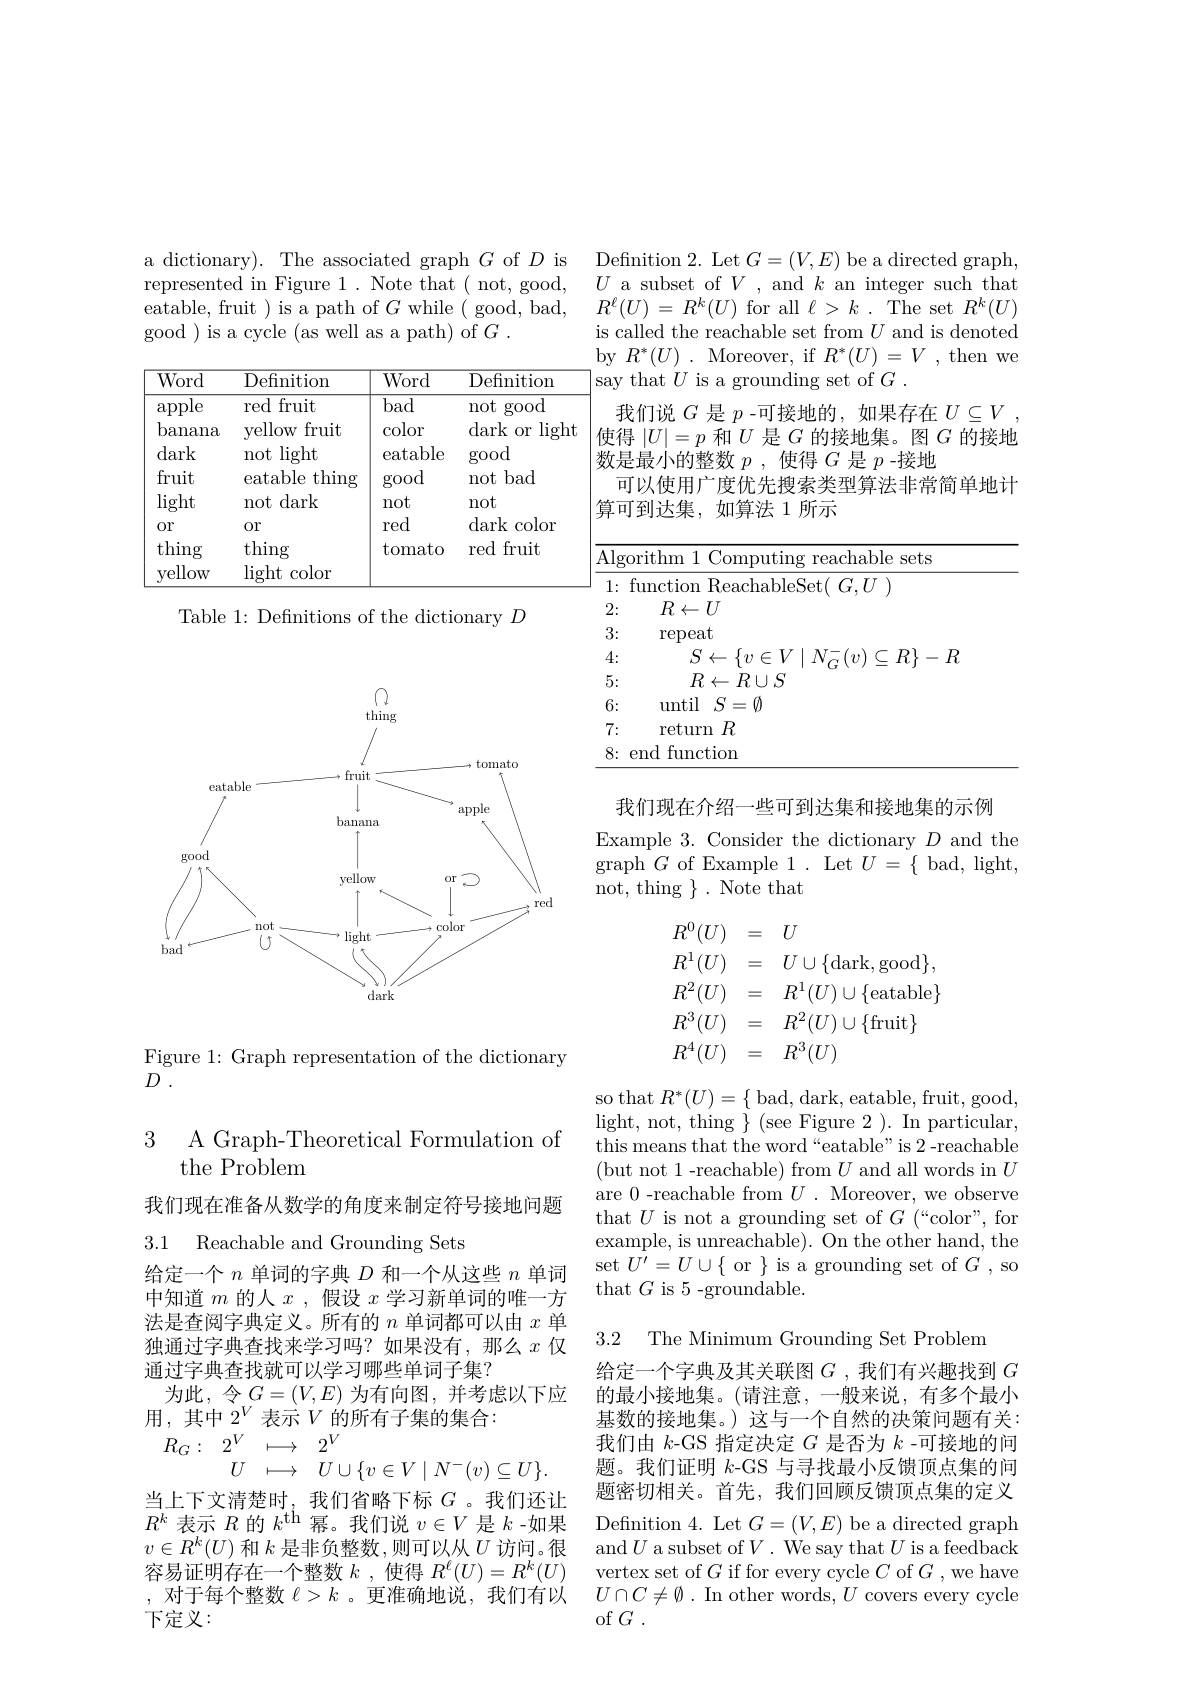
a dictionary). The associated graph $G$ of $D$ is represented in Figure 1. Note that ( not, good, $\bar{\text{eatable, fruit }})$ is a path of $G$ while ( good, bad, good ) is a cycle (as well as a path) of $G.$

<table>
	<tbody>
		<tr>
			<th>Word</th>
			<th>Definition</th>
			<th>Word</th>
			<th>Definition</th>
		</tr>
		<tr>
			<td>$\operatorname{apple}$</td>
			<td>red t fruit</td>
			<td>bad</td>
			<td>not $\gcd$ood</td>
		</tr>
		<tr>
			<td>banana</td>
			<td>yellow fruit</td>
			<td>color</td>
			<td>dark $\operatorname{ligl}$ 0r</td>
		</tr>
		<tr>
			<td>dark</td>
			<td>$\operatorname{light}$ not</td>
			<td>eatable</td>
			<td>$\gcd$ood</td>
		</tr>
		<tr>
			<td>fruit</td>
			<td>thing eatable 1</td>
			<td>good</td>
			<td>bad not</td>
		</tr>
		<tr>
			<td>$\operatorname{light}$</td>
			<td>dark not</td>
			<td>not</td>
			<td>not</td>
		</tr>
		<tr>
			<td>0r</td>
			<td>0r</td>
			<td>red</td>
			<td>dark color</td>
		</tr>
		<tr>
			<td>thing</td>
			<td>thing</td>
			<td>tomato</td>
			<td>fruit red</td>
		</tr>
		<tr>
			<td>yellow</td>
			<td>light color</td>
			<td> </td>
			<td> </td>
		</tr>
	</tbody>
</table>

Table 1: Definitions of the dictionary $D$

<FigureHere>

Figure 1: Graph representation of the dictionary
$D$ .

### 3 A Graph-Theoretical Formulation of the Problem

我们现在准备从数学的角度来制定符号接地问题

3.1 Reachable and Grounding Sets

中知道$m$的人$x$ ,假设$x$学习新单词的唯一方法是查阅字典定义。所有的$n$单词都可以由$x$单独通过字典查找来学习吗？如果没有，那么$x$仅通过字典查找就可以学习哪些单词子集？
为此，令$G=(V,E)$ 为有向图，并考虑以下应
用，其中$2^V$表示$V$的所有子集的集合：

$\begin{array}{rcl}{R_{G}:}&{2^{V}}&{\longmapsto}&{2^{V}}\\&{U}&{\longmapsto}&{U\cup\{v\in V\mid N^{-}(v)\subseteq U\}}\end{array}$
当上下文清楚时，我们省略下标$G$ 。我们还让
$R^k$表示$R$的$k^\mathrm{th}$幂。我们说$v\in V$是$k$ -如果 Definition 4. Let $G=(V,E)$ be a directed graph
$v\in R^k(U)$ 和 $k$ 是非负整数，则可以从$U$ 访问。很容易证明存在一个整数$k$ ,使得$R^\ell(U)=R^k(U)$ ,对于每个整数$\ell>k$ 。更准确地说，我们有以下定义：

$\mathop{\text{Definition 2. Let }G}=(V,E)\mathop{\text{be a directed graph}}$, $U$ a subset of $V$, and $k$ an integer such that $R^{\ell }( U)$ = $R^{k}( U)$ for all $\ell > k$ .The set$R^k(U)$ is called the reachable set from $U$ and is denoted by $R^{*}(U).$ Moreover, if $R^{*}(U)=V$, then we say that $U$ is a grounding set of $G.$
我们说$G$是$p$ -可接地的，如果存在$U\subseteq V$ , 使得$|U|=p$和$U$是$G$的接地集。图$G$的接地数是最小的整数$p$ ,使得$G$是$p$ -接地
可以使用广度优先搜索类型算法非常简单地计
算可到达集，如算法 1 所示

<table>
	<tbody>
		<tr>
			<td>Algorit</td>
			<td>1: $.gc$ 1 T T 1 1 1</td>
			<td>orithm 1 Computing reachable sets</td>
		</tr>
		<tr>
			<td>fun 1:</td>
			<td>1 6 ·</td>
			<td>function ReachableSet( $G.U$</td>
		</tr>
		<tr>
			<td>2:</td>
			<td>2: 6 1 1 1</td>
			<td>$R\leftarrow U$</td>
		</tr>
		<tr>
			<td>3:</td>
			<td>3: · 1 1 I 1</td>
			<td>repeat</td>
		</tr>
		<tr>
			<td>4:</td>
			<td>4: · T 1</td>
			<td>$R$ $R!$</td>
		</tr>
		<tr>
			<td>5:</td>
			<td>5 1 $\bullet$</td>
			<td>$R\leftarrow R\cup S$</td>
		</tr>
		<tr>
			<td>6:</td>
			<td>3: · 1 1 1 1 1 1 1 1 1 1</td>
			<td>until $\textbf{l}S= \emptyset$</td>
		</tr>
		<tr>
			<td>7:</td>
			<td>7 · ·</td>
			<td>return $R$</td>
		</tr>
		<tr>
			<td>8: end</td>
			<td>3: A I 1 1</td>
			<td>$\mathop{\mathrm{function}}$ pnd</td>
		</tr>
	</tbody>
</table>

我们现在介绍一些可到达集和接地集的示例
Example 3. Consider the dictionary $D$ and the graph$G$ of Example 1. Let $U=\{$ bad, light, not, thing $\}.$ Note that
$$\begin{array}{rcl}R^0(U)&=&U\\R^1(U)&=&U\cup\{\mathrm{dark,good}\},\\R^2(U)&=&R^1(U)\cup\{\mathrm{eatable}\}\\R^3(U)&=&R^2(U)\cup\{\mathrm{fruit}\}\\R^4(U)&=&R^3(U)\end{array}$$
so that $R^*(U)=\{$ bad, dark, eatable, fruit, good, light, not, thing $\} ($see Figure $2~).~$In particular, this means that the word“eatable”is 2-reachable (but not 1-reachable) from $U$ and all words in $U$ are 0-reachable from $U.$ Moreover, we observe that $U$ is not a grounding set of $G$ ( “ color" , for example, is unreachable). On the other hand, the
给定一个$n$单词的字典$D$和一个从这些$n$单词 $\sec {\tilde{U} ^{\prime }= U\cup \{ \text{ or }\} }$ is a grounding set of $G^{\prime}$, so
that $G$ is 5-groundable.

3.2 The Minimum Grounding Set Problem

给定一个字典及其关联图$G$ ,我们有兴趣找到$G$ 的最小接地集。(请注意，一般来说，有多个最小基数的接地集。)这与一个自然的决策问题有关： 我们由$k$-GS 指定决定$G$是否为$k$ -可接地的问题。我们证明$k$-GS 与寻找最小反馈顶点集的问题密切相关。首先，我们回顾反馈顶点集的定义and $U$ a subset of $V.$ We say that $U$ is a feedback vertex set of $G$ if for every cycle $C$ of $G$ , we have $U\cap C\neq\emptyset.$ In other words, $U$ covers every cycle of$G$ .